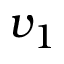
v _ { 1 }